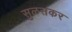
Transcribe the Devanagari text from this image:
सुळसकर